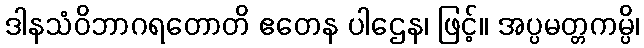
ဒါနသံဝိဘာဂရတောတိ ဧတေန ပါဌေန၊ ဖြင့်။ အပ္ပမတ္တကမ္ပိ၊